Scottish Certificate of Education, 1962
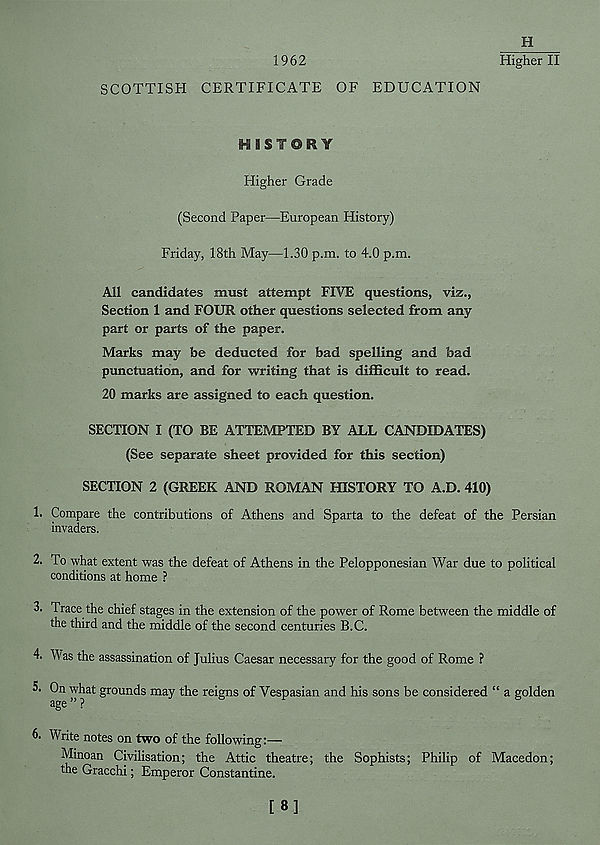
1962
SCOTTISH CERTIFICATE OF EDUCATION
H
Higher II
HISTORY
Higher Grade
(Second Paper—European History)
Friday, 18th May—1.30 p.m. to 4.0 p.m.
All candidates must attempt FIVE questions, viz.,
Section 1 and FOUR other questions selected from any
part or parts of the paper.
Marks may be deducted for bad spelling and bad
punctuation, and for writing that is difficult to read.
20 marks are assigned to each question.
SECTION I (TO BE ATTEMPTED BY ALL CANDIDATES)
(See separate sheet provided for this section)
SECTION 2 (GREEK AND ROMAN HISTORY TO A.D. 410)
1. Compare the contributions of Athens and Sparta to the defeat of the Persian
invaders.
2. To what extent was the defeat of Athens in the Pelopponesian War due to political
conditions at home ?
3. Trace the chief stages in the extension of the power of Rome between the middle of
the third and the middle of the second centuries B.C.
4. Was the assassination of Julius Caesar necessary for the good of Rome ?
5. On what grounds may the reigns of Vespasian and his sons be considered “ a golden
age ” ?
6. Write notes on two of the following:—
Minoan Civilisation; the Attic theatre; the Sophists; Philip of Macedon;
the Gracchi; Emperor Constantine.
[8]